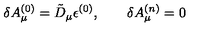
\delta A _ { \mu } ^ { ( 0 ) } = \tilde { D } _ { \mu } \epsilon ^ { ( 0 ) } , \qquad \delta A _ { \mu } ^ { ( n ) } = 0